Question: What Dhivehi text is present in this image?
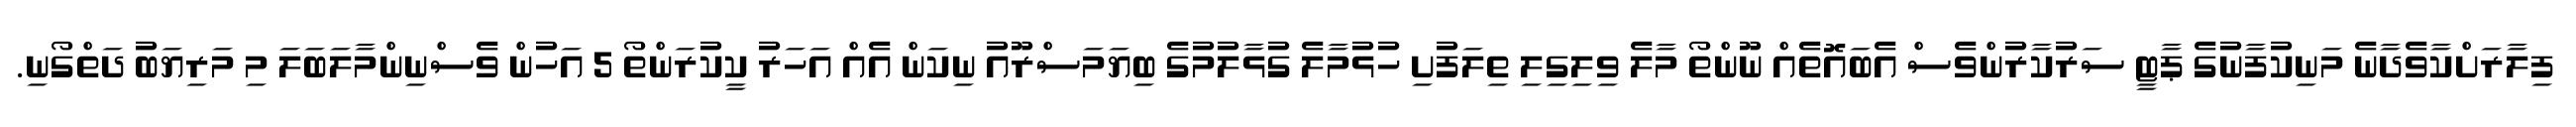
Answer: ފިލާރަށްކާވެދާނެ މަނިކުފާނުގެ ޕާޓީ ސަރުކާރުންވެސް އެބައޮތެއް ނޫންތޯ މާލެ ވިލިގިލި ތިލަފުށި ހުޅުމާލެ ގުޅާލުމުގެ ބިޔަމަސްރޫއު ނިކަން އެއް އަހަރު ކީކުރަންތޯ 5 އަހުން ވެސްނިންމާލަބަލަ މި މަރިޔަބު ދަތްގޯނި.